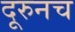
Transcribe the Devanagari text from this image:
दूरुनच